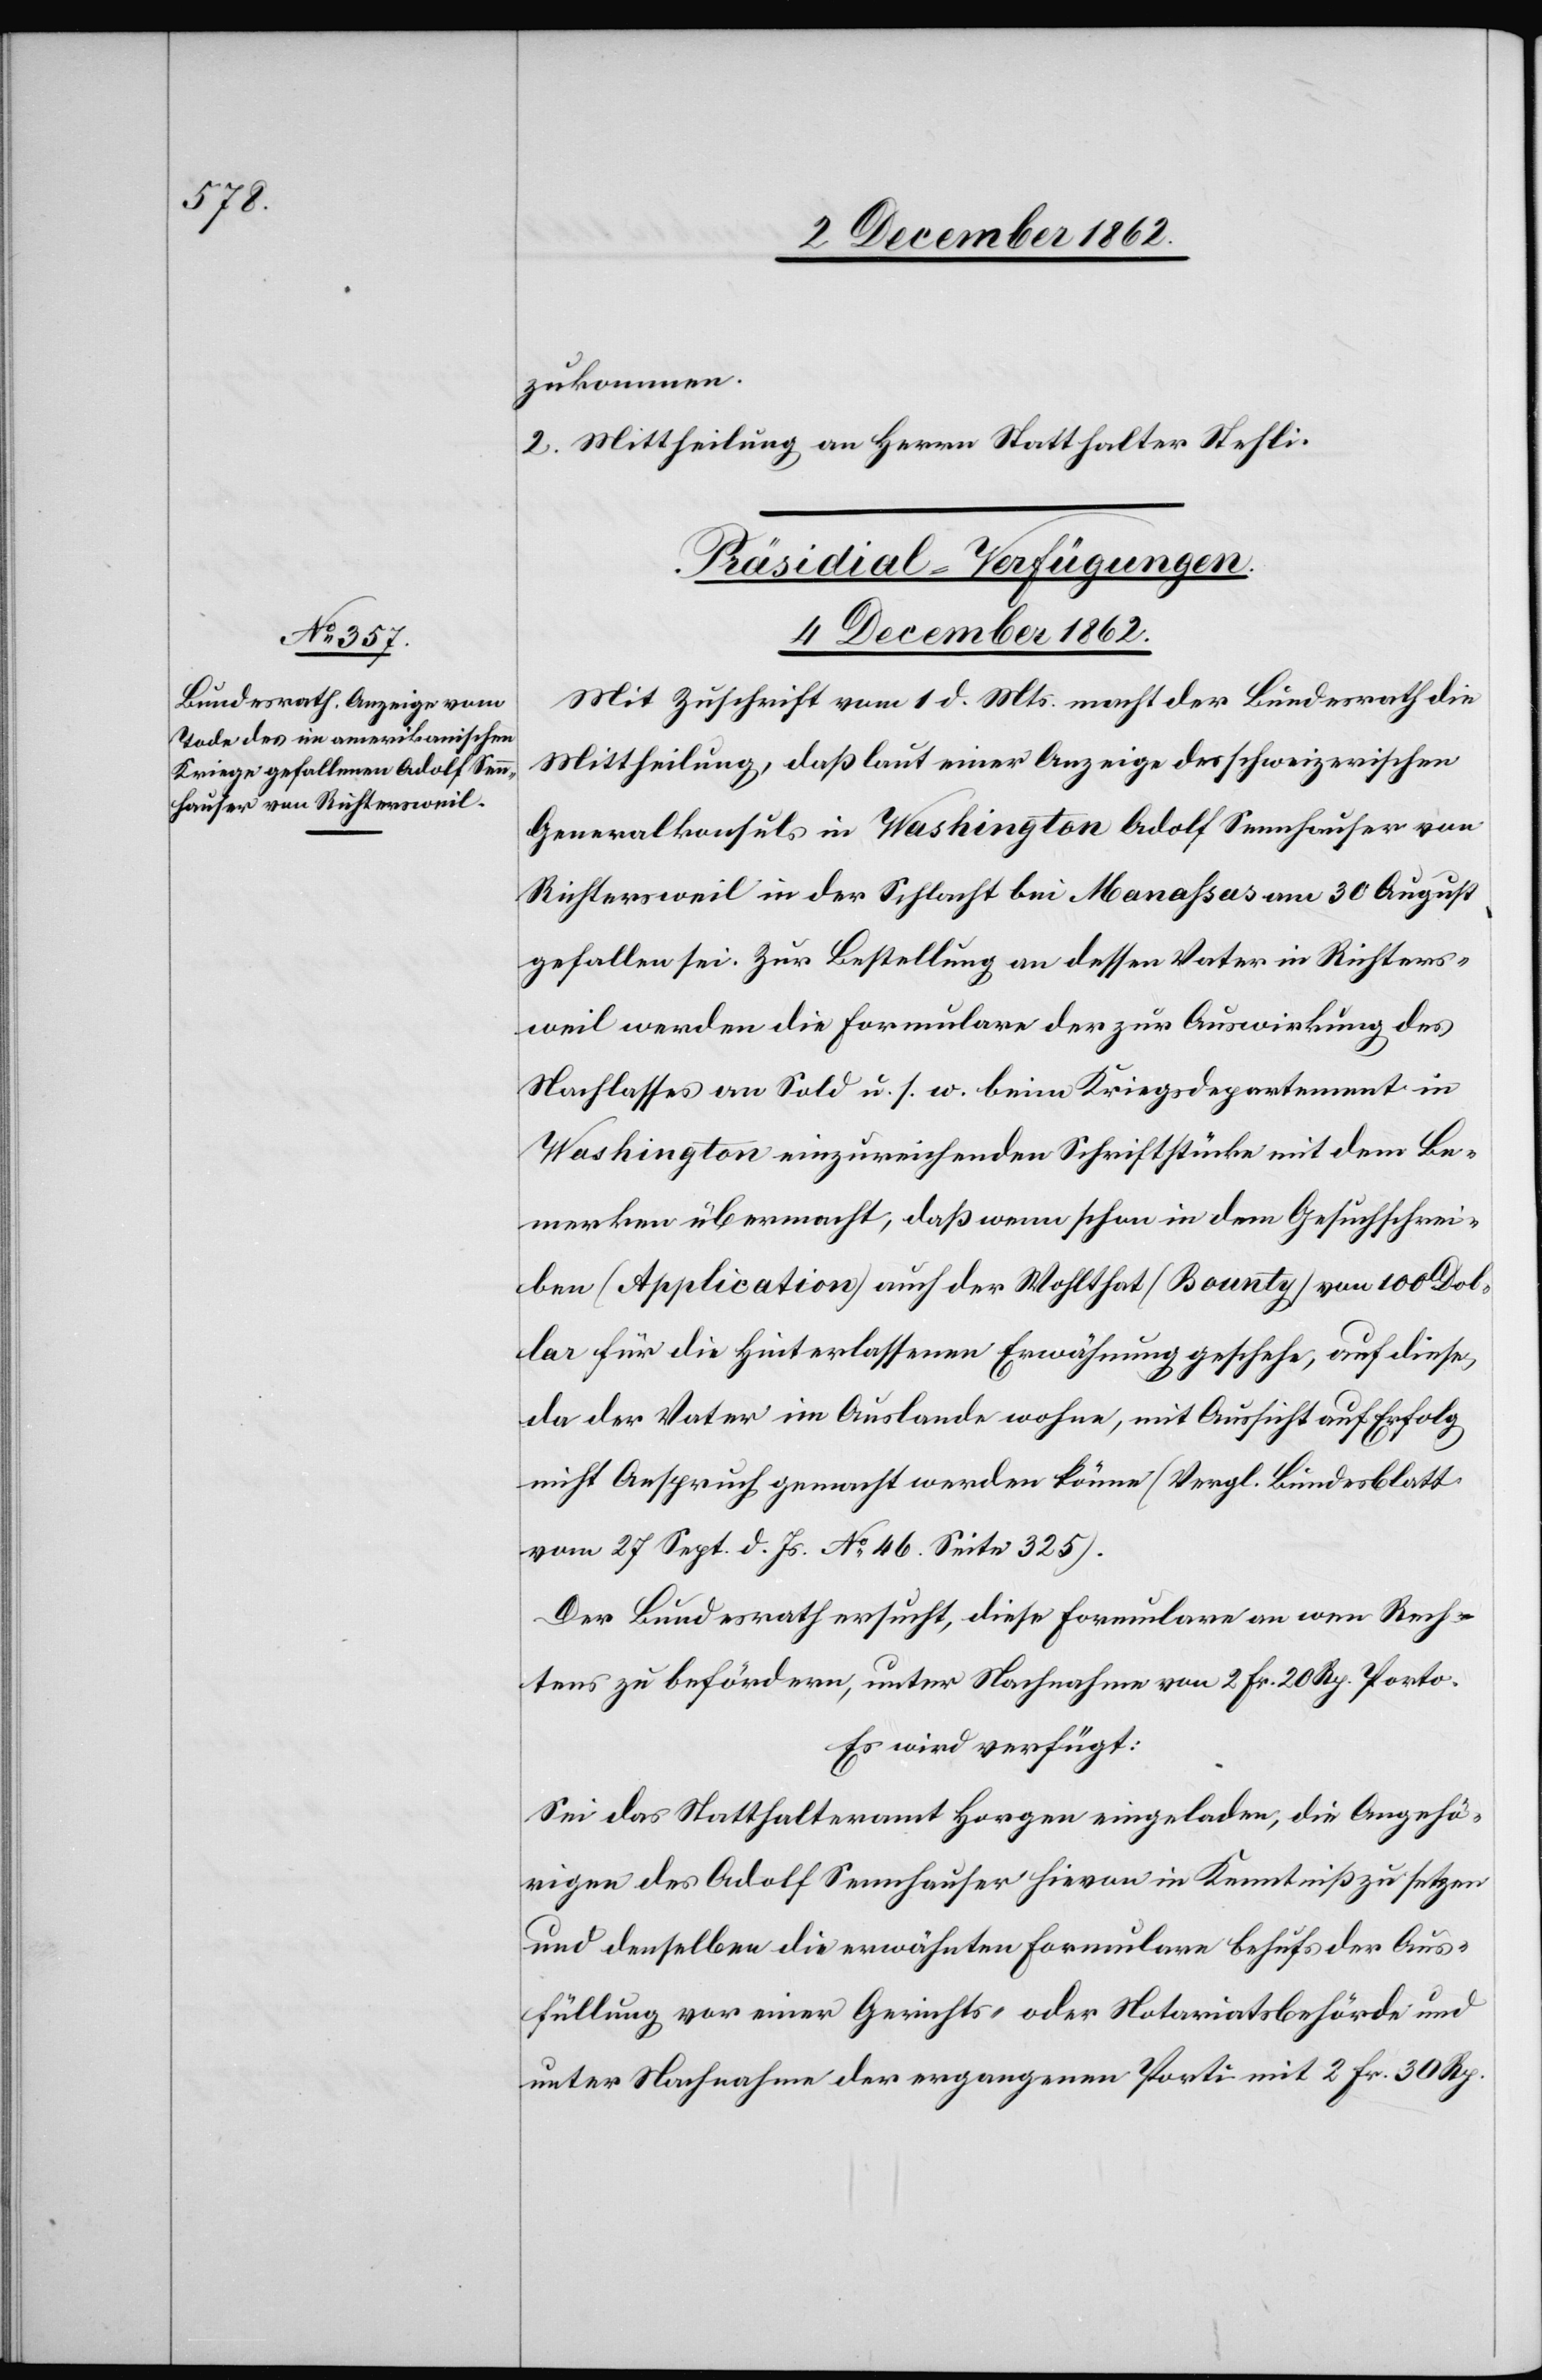
zukommen.
2. Mittheilung an Herrn Statthalter Stehli.
Präsidial-Verfügungen.
4. December 1862.
Mit Zuschrift vom 1. d. Mts. macht der Bundesrath die
Mittheilung, daß laut einer Anzeige des schweizerischen
Generalkonsuls in Washington Adolf Sennhauser von
Richtersweil in der Schlacht bei Manassas am 30. August
gefallen sei. Zur Bestellung an dessen Vater in Richters¬
weil werden die Formulare der zur Auswirkung des
Nachlasses an Sold u. s. w. beim Kriegsdepartement in
Washington einzureichenden Schriftstücken mit dem Be¬
merken übermacht, daß wenn schon in dem Gesuchschrei¬
ben (Application) auch der Wohlthat (Bounty) von 100 Dol¬
lar für die Hinterlassenen Erwähnung geschehe, auf diese,
da der Vater im Auslande wohne, mit Aussicht auf Erfolg
nicht Anspruch gemacht werden könne (Vergl. Bundesblatt
vom 27. Sept. d. Js. No 46 Seite 325).
Der Bundesrath ersucht, diese Formulare an wen Rech¬
tens zu befördern, unter Nachnahme von 2 Fr. 20 Rp. Porto.
Es wird verfügt:
Sei das Statthalteramt Horgen eingeladen, die Angehö¬
rigen des Adolf Sennhauser hievon in Kenntniß zu setzen
und denselben die erwähnten Formulare behufs der Aus¬
füllung vor einer Gerichts- oder Notariatsbehörde und
unter Nachnahme der ergangenen Porti mit 2 Fr. 30 Rp.